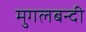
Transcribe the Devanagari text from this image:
मुगलबन्दी